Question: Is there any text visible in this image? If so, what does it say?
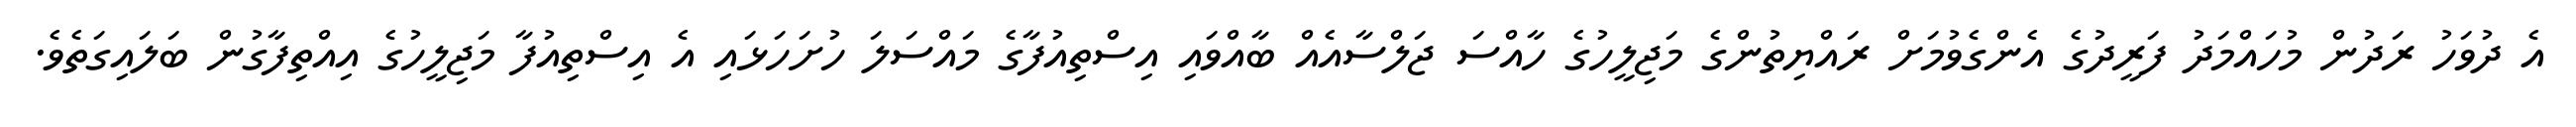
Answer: އެ ދުވަހު ރަދުން މުހައްމަދު ފަރީދުގެ އެންގެވުމަށް ރައްޔިތުންގެ މަޖިލީހުގެ ހާއްސަ ޖަލްސާއެއް ބާއްވައި އިސްތިއުފާގެ މައްސަލަ ހުށަހަޅައި އެ އިސްތިއުފާ މަޖިލީހުގެ އިއްތިފާގުން ބަލައިގަތެވެ.